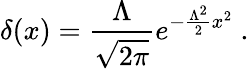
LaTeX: \delta(x)=\frac{\Lambda}{\sqrt{2\pi}}e^{-\frac{\Lambda^{2}}{2}x^{2}}\ .